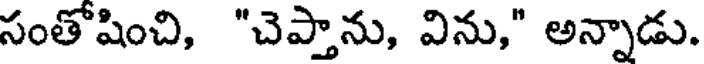
సంతోషించి, "చెప్తాను, విను," అన్నాడు.